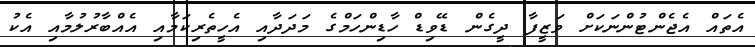
އެތައް އެޖެންޓުންނަކަށް ވަޒީފާ ދީގެން ޑޭވިޑް ހާޑިންހަމްގެ މަދަދާއި އެހީތެރިކަމާއި އެއްބާރުލުމާއި އެކު